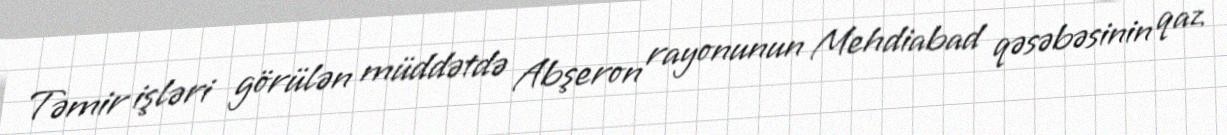
Təmir işləri görülən müddətdə Abşeron rayonunun Mehdiabad qəsəbəsinin qaz